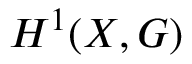
H ^ { 1 } ( X , G )